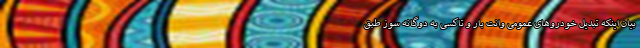
بیان اینکه تبدیل خودروهای عمومی وانت بار و تاکسی به دوگانه سوز طبق